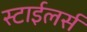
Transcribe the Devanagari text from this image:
स्टाईलर्स